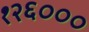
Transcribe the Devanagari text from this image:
१२६०००